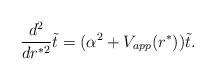
LaTeX: \begin{align*}{d^2 \over d r^{*2}}\tilde t = (\alpha^2 + V_{app}(r^*)) \tilde t.\end{align*}